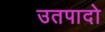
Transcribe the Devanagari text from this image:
उतपादो